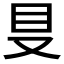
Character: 𰆸